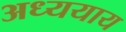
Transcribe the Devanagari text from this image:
अध्ययाय